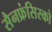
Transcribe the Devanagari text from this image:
सैनफ्रंसिस्को